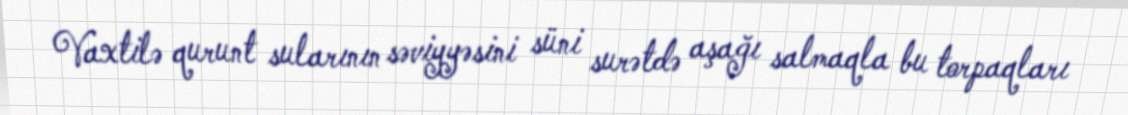
Vaxtilə qurunt sularının səviyyəsini süni surətdə aşağı salmaqla bu torpaqları